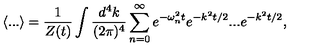
\langle . . . \rangle = \frac { 1 } { Z ( t ) } \int \frac { d ^ { 4 } k } { ( 2 \pi ) ^ { 4 } } \sum _ { n = 0 } ^ { \infty } e ^ { - \omega _ { n } ^ { 2 } t } e ^ { - k ^ { 2 } t / 2 } . . . e ^ { - k ^ { 2 } t / 2 } ,